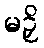
မဉှိ